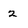
Character: 2